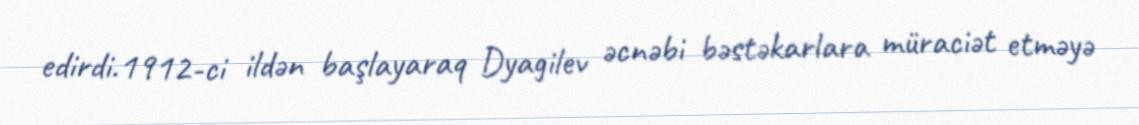
edirdi.1912-ci ildən başlayaraq Dyagilev əcnəbi bəstəkarlara müraciət etməyə